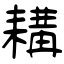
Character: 耩